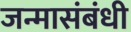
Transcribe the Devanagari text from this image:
जन्मासंबंधी